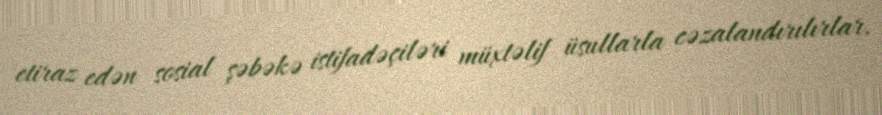
etiraz edən sosial şəbəkə istifadəçiləri müxtəlif üsullarla cəzalandırılırlar.